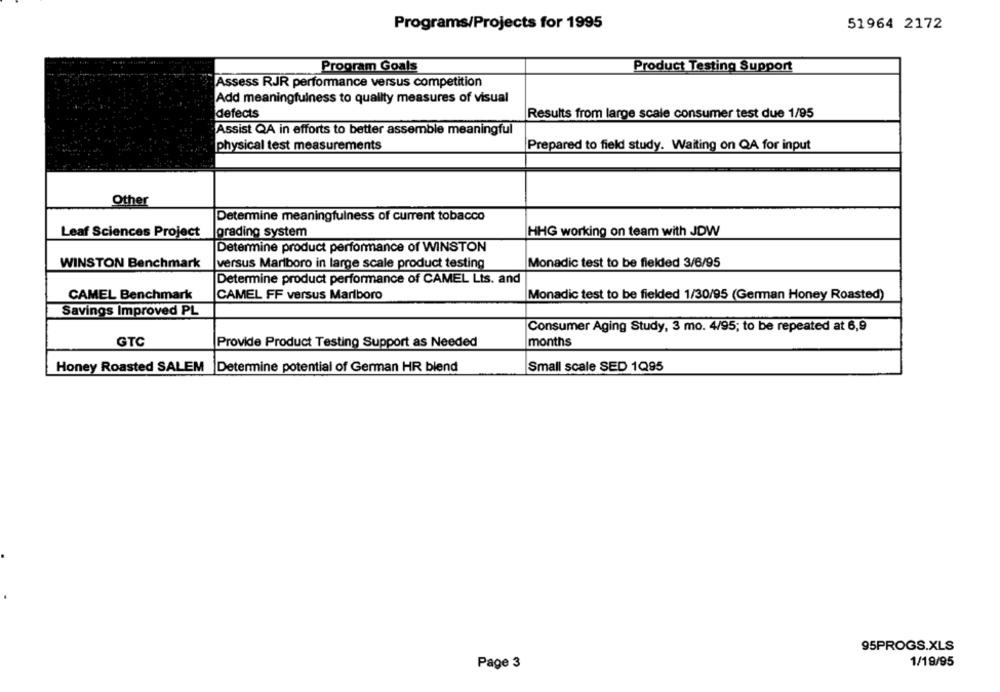
Programs/Projects for 1995
51964 2172
Program Goals
Product Testing Support
Assess RJR performance versus competition
Add meaningfulness to quality measures of visual
defects
Results from large scale consumer test due 1/95
Assist QA in efforts to better assemble meaningful
physical test measurements
Prepared to field study. Waiting on QA for input
Other
Determine meaningfulness of current tobacco
Leaf Sciences Project
grading system
HHG working on team with JDW
Determine product performance of WINSTON
WINSTON Benchmark
versus Marlboro in large scale product testing
Monadic test to be fielded 3/6/95
Determine product performance of CAMEL Lts. and
CAMEL Benchmark
CAMEL FF versus Marlboro
Monadic test to be fielded 1/30/95 (German Honey Roasted)
Savings Improved PL
Consumer Aging Study, 3 mo. 4/95; to be repeated at 6,9
GTC
Provide Product Testing Support as Needed
months
Honey Roasted SALEM
Determine potential of German HR blend
Small scale SED 1Q95
95PROGS.XLS
1/19/95
Page 3